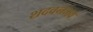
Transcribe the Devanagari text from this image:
शदवनभवं